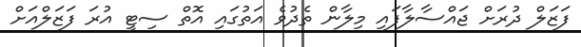
ފަޒަލް ދުރަށް ޖައްސާލާފައި މިލާން ތެދުވެ އަތުގައި އޮތް ސިޓީ އުރަ ފަޒަލްއަށް